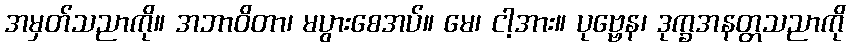
အမှတ်သညာကို။ အဘာဝိတာ၊ မပွားစေအပ်။ မေ၊ ငါ့အား။ ပုဗ္ဗေန၊ ဒုက္ခအနတ္တသညာကို